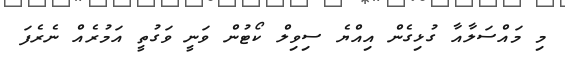
މި މައްސަލާއާ ގުޅިގެން އިއްޔެ ސިވިލް ކޯޓުން ވަނީ ވަގުތީ އަމުރެއް ނެރެފަ